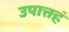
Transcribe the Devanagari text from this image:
उपात्तहं